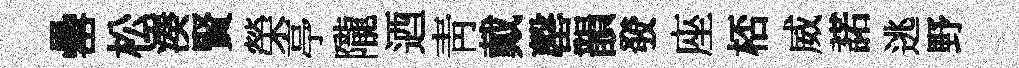
罍松湊賢榮亭隴迺靑戴罄韻𤼲座桮威諾逃野